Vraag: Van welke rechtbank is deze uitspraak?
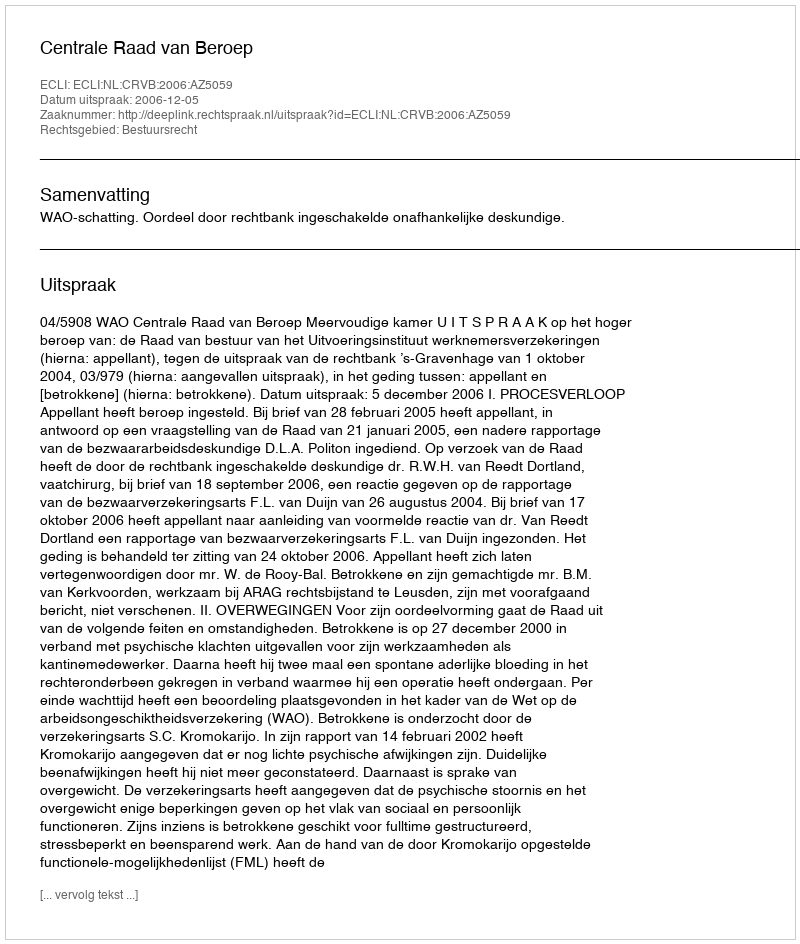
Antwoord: Centrale Raad van Beroep